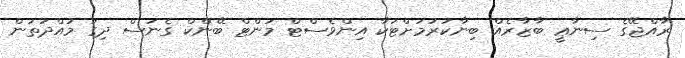
ރާއްޖޭގެ ސިނާޢީ ބާޒާރެއް ބިނާކުރުމަށްޓަކާ އިންވެސްޓް މަންޓް ބޭންކް ގެނަސް ދިގު މުއްދަތުން